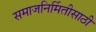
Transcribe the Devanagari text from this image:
समाजनिर्मितीसाठी